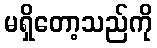
မရှိတော့သည်ကို